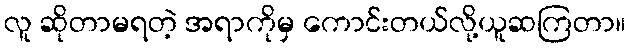
လူ ဆိုတာမရတဲ့ အရာကိုမှ ကောင်းတယ်လို့ယူဆကြတာ။